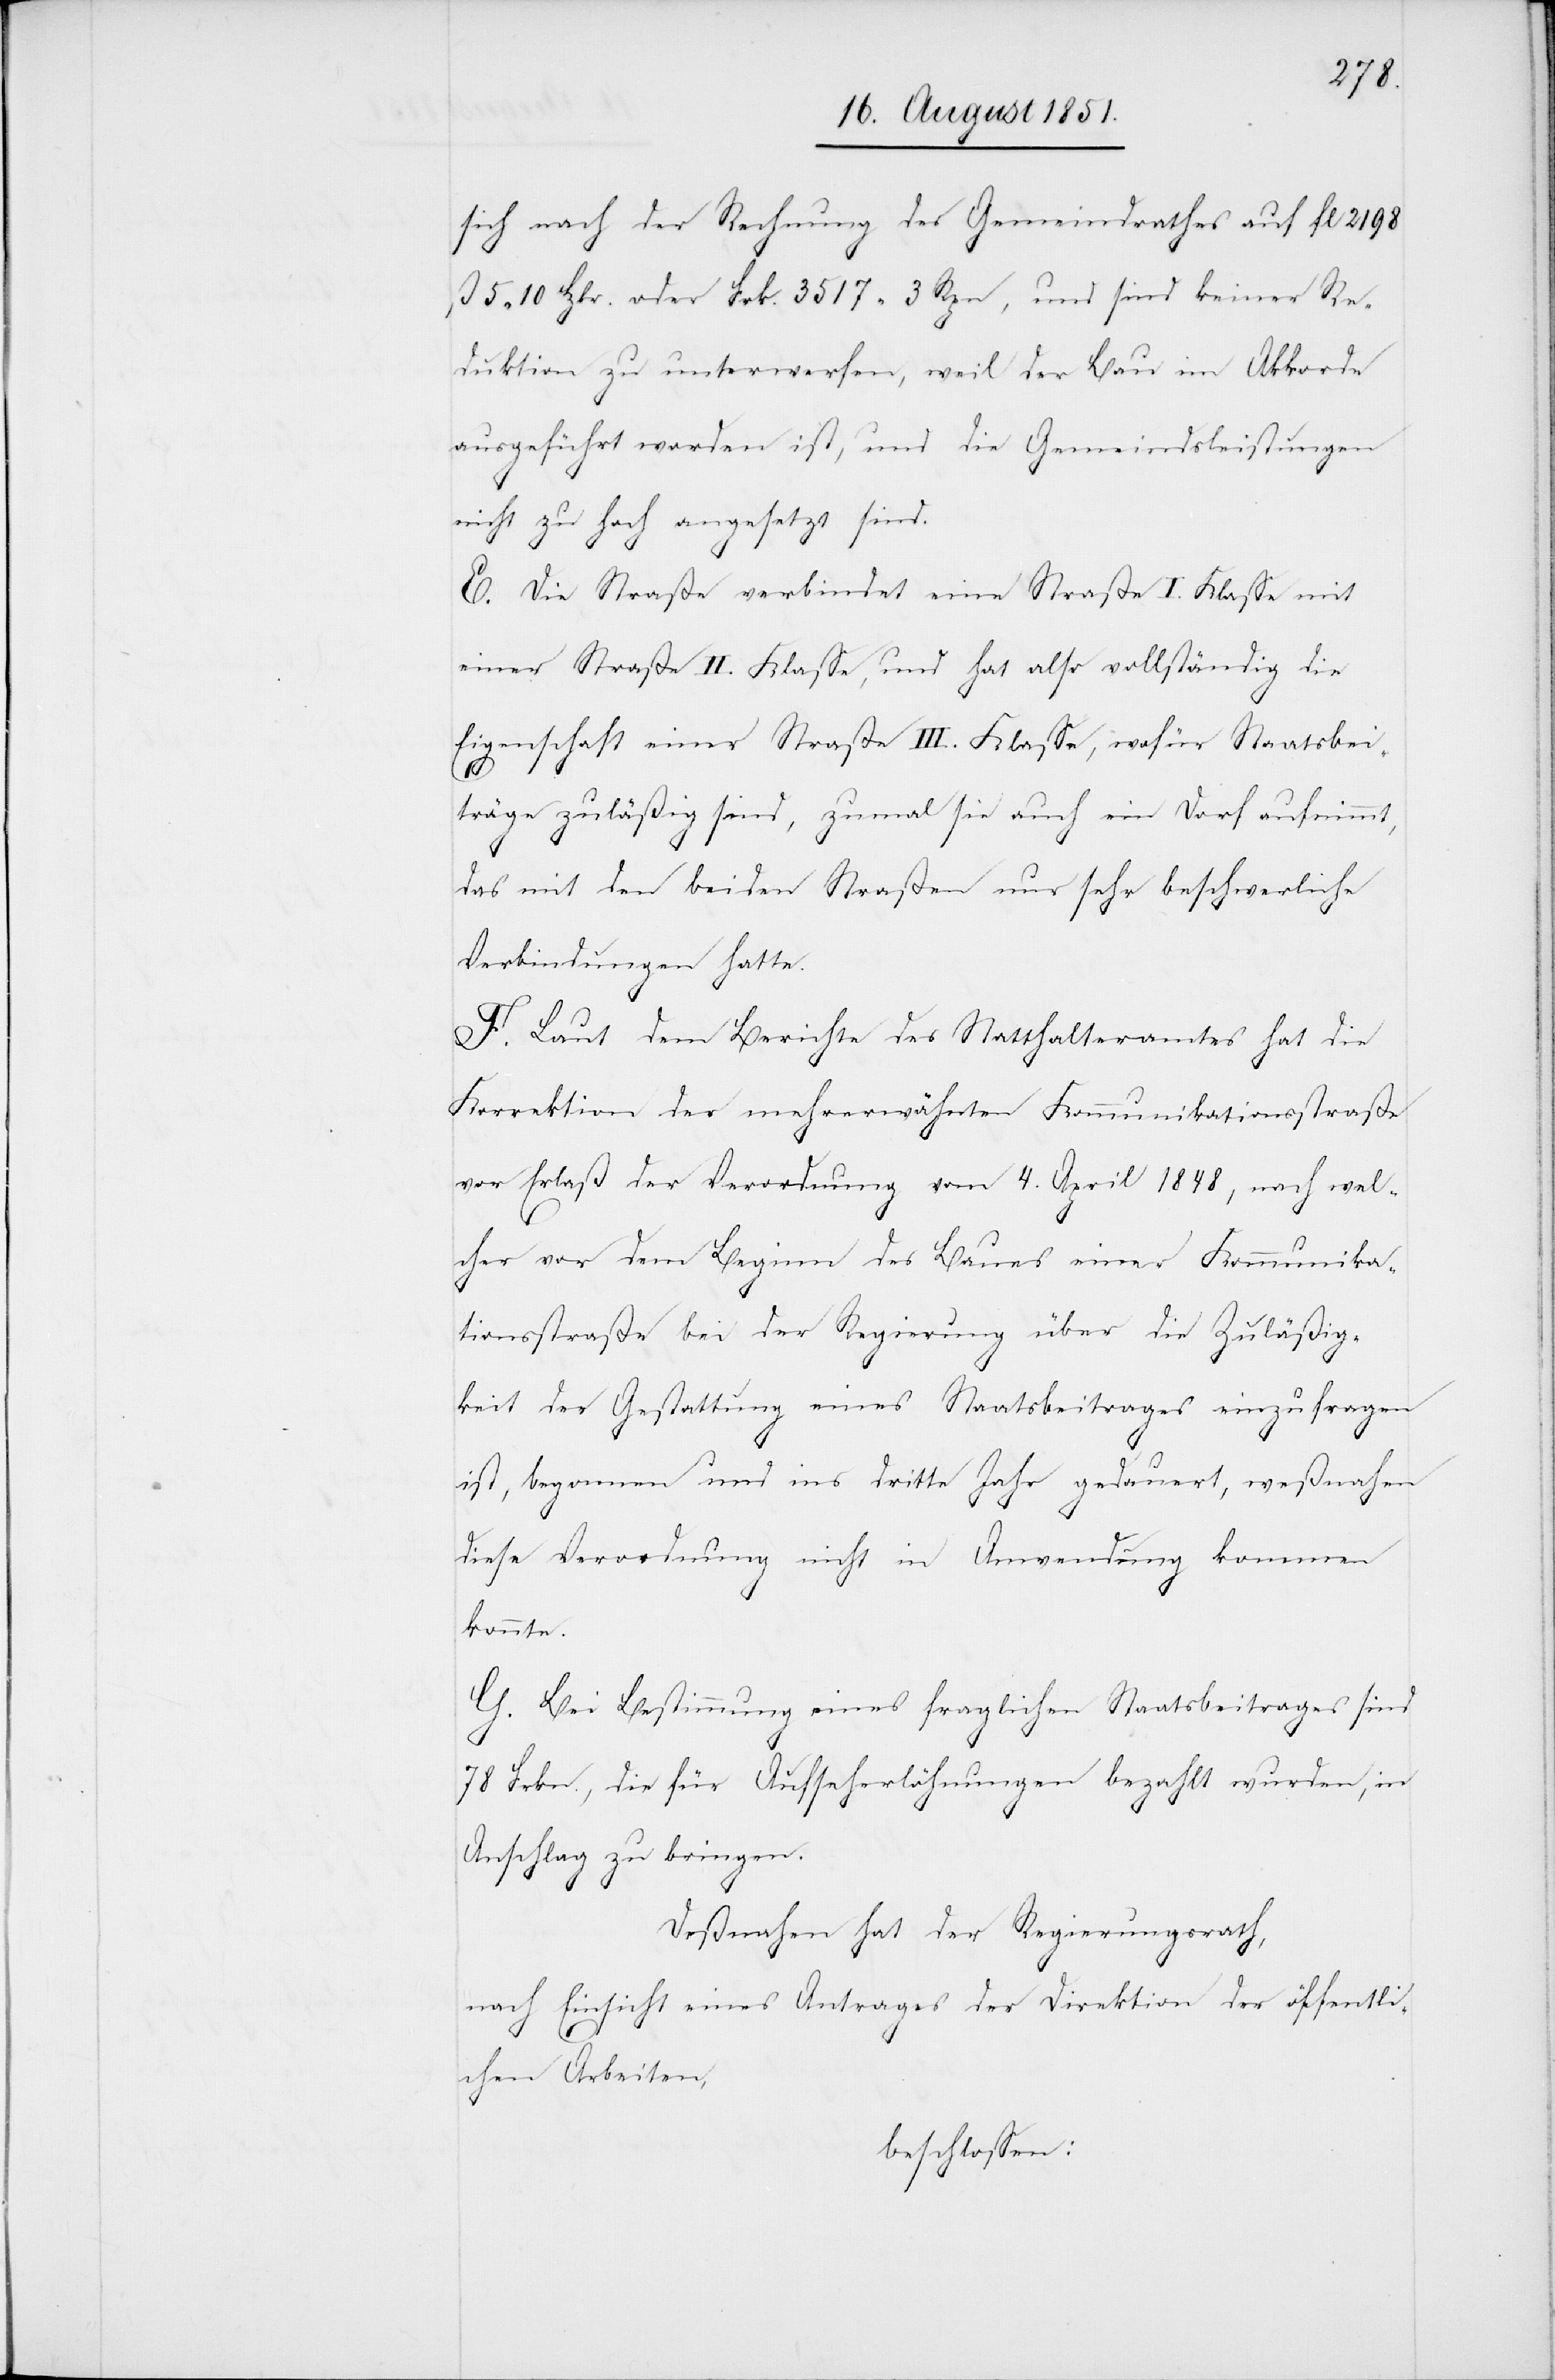
sich nach der Rechnung des Gemeindrathes auf fl 2198
ß 5 10 Hlr. oder Frk. 3517 3 Rpn, und sind keiner Re¬
duktion zu unterwerfen, weil der Bau im Akkorde
ausgeführt worden ist, und die Gemeindsleistungen
nicht zu hoch angesetzt sind.
E. Die Straße verbindet eine Straße I. Klasse mit
einer Straße II. Klasse, und hat also vollständig die
Eigenschaft einer Straße III. Klasse, wofür Staatsbei¬
träge zuläßig sind, zumal sie auch ein Dorf aufnimmt,
das mit den beiden Straßen nur sehr beschwerliche
Verbindungen hatte.
F. Laut dem Berichte des Statthalteramtes hat die
Korrektion der mehrerwähnten Kommunikationsstraße
vor Erlaß der Verordnung vom 4. April 1848, nach wel¬
cher vor dem Beginn des Baues einer Kommunika¬
tionsstraße bei der Regierung über die Zuläßig¬
keit der Gestattung eines Staatsbeitrages einzufragen
ist, begonnen und ins dritte Jahr gedauert, weßnahen
diese Verordnung nicht in Anwendung kommen
konnte.
G. Bei Bestimmung eines fraglichen Staatsbeitrages sind
78 Frkn., die für Aufseherlöhnungen bezahlt wurden, in
Anschlag zu bringen.
Deßnahen hat der Regierungsrath,
nach Einsicht eines Antrages der Direktion der öffentli¬
chen Arbeiten,
beschlossen: